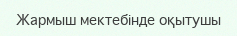
Жармыш мектебінде оқытушы